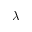
\lambda